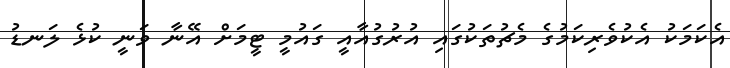
އެކަމަކު އެކުވެރިކަމުގެ މެޗުތަކުގައި އުރުގުއާއީ ގައުމީ ޓީމަށް އޭނާ ވަނީ ކުޅެ ލަނޑު